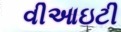
વીઆઇટી